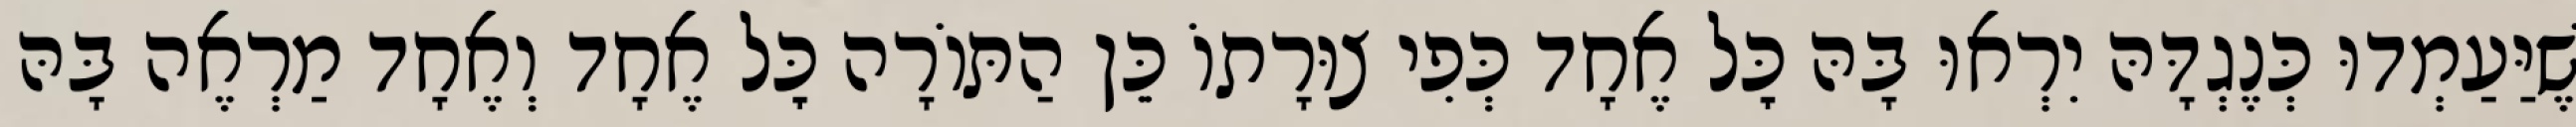
שֶׁיַּעַמְדוּ כְּנֶגְדָּהּ יִרְאוּ בָּהּ כׇּל אֶחָד כְּפִי צוּרָתוֹ כֵּן הַתּוֹרָה כׇּל אֶחָד וְאֶחָד מַרְאֶה בָּהּ